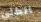
الكلي